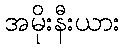
အမိုးနီးယား